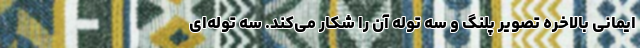
ایمانی بالاخره تصویر پلنگ و سه توله آن را شکار می‌کند. سه توله‌ای